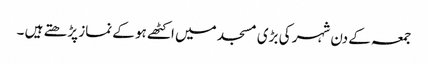
جمعہ کے دن شہر کی بڑی مسجد میں اکٹھے ہو کے نماز پڑھتے ہیں ۔